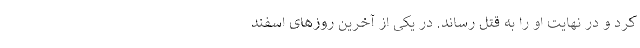
کرد و در‌ نهایت او را به قتل رساند. در یکی از آخرین روز‌های اسفند